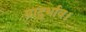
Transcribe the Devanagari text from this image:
प्रादुर्भाव।